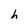
Character: h